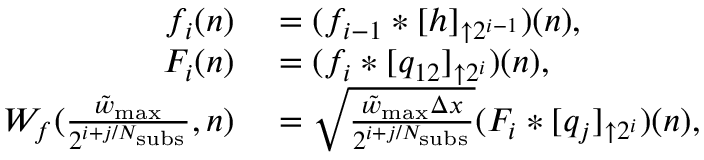
\begin{array} { r l } { f _ { i } ( n ) } & { { } = ( f _ { i - 1 } * [ h ] _ { \uparrow 2 ^ { i - 1 } } ) ( n ) , } \\ { F _ { i } ( n ) } & { { } = ( f _ { i } * [ q _ { 1 2 } ] _ { \uparrow 2 ^ { i } } ) ( n ) , } \\ { W _ { f } ( \frac { \tilde { w } _ { \mathrm { m a x } } } { 2 ^ { i + j / N _ { \mathrm { s u b s } } } } , n ) } & { { } = \sqrt { \frac { \tilde { w } _ { \mathrm { m a x } } \Delta x } { 2 ^ { i + j / N _ { \mathrm { s u b s } } } } } ( F _ { i } * [ q _ { j } ] _ { \uparrow 2 ^ { i } } ) ( n ) , } \end{array}